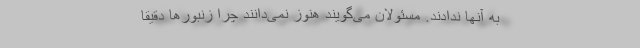
به آنها ندادند. مسئولان می‌گویند هنوز نمی‌دانند چرا زنبورها دقیقاً